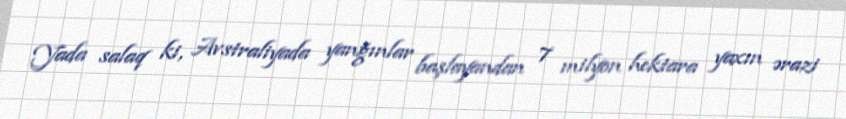
Yada salaq ki, Avstraliyada yanğınlar başlayandan 7 milyon hektara yaxın ərazi